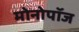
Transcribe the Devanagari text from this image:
मोनोपॉज